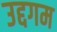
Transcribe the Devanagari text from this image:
उद्दगम